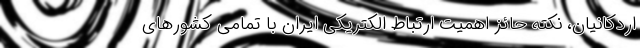
اردکانیان، نکته حائز اهمیت ارتباط الکتریکی ایران با تمامی کشورهای